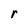
Character: r